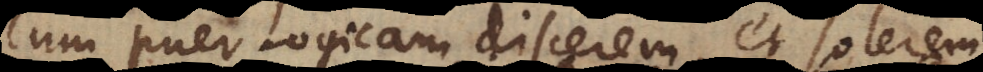
Cum puer Logicam discerem, et solerem